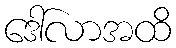
ဒေါ်လာအထိ